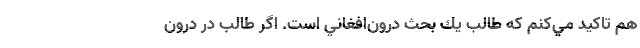
هم تاكيد مي‌كنم كه طالب يك بحث درون‌افغاني است. اگر طالب در درون